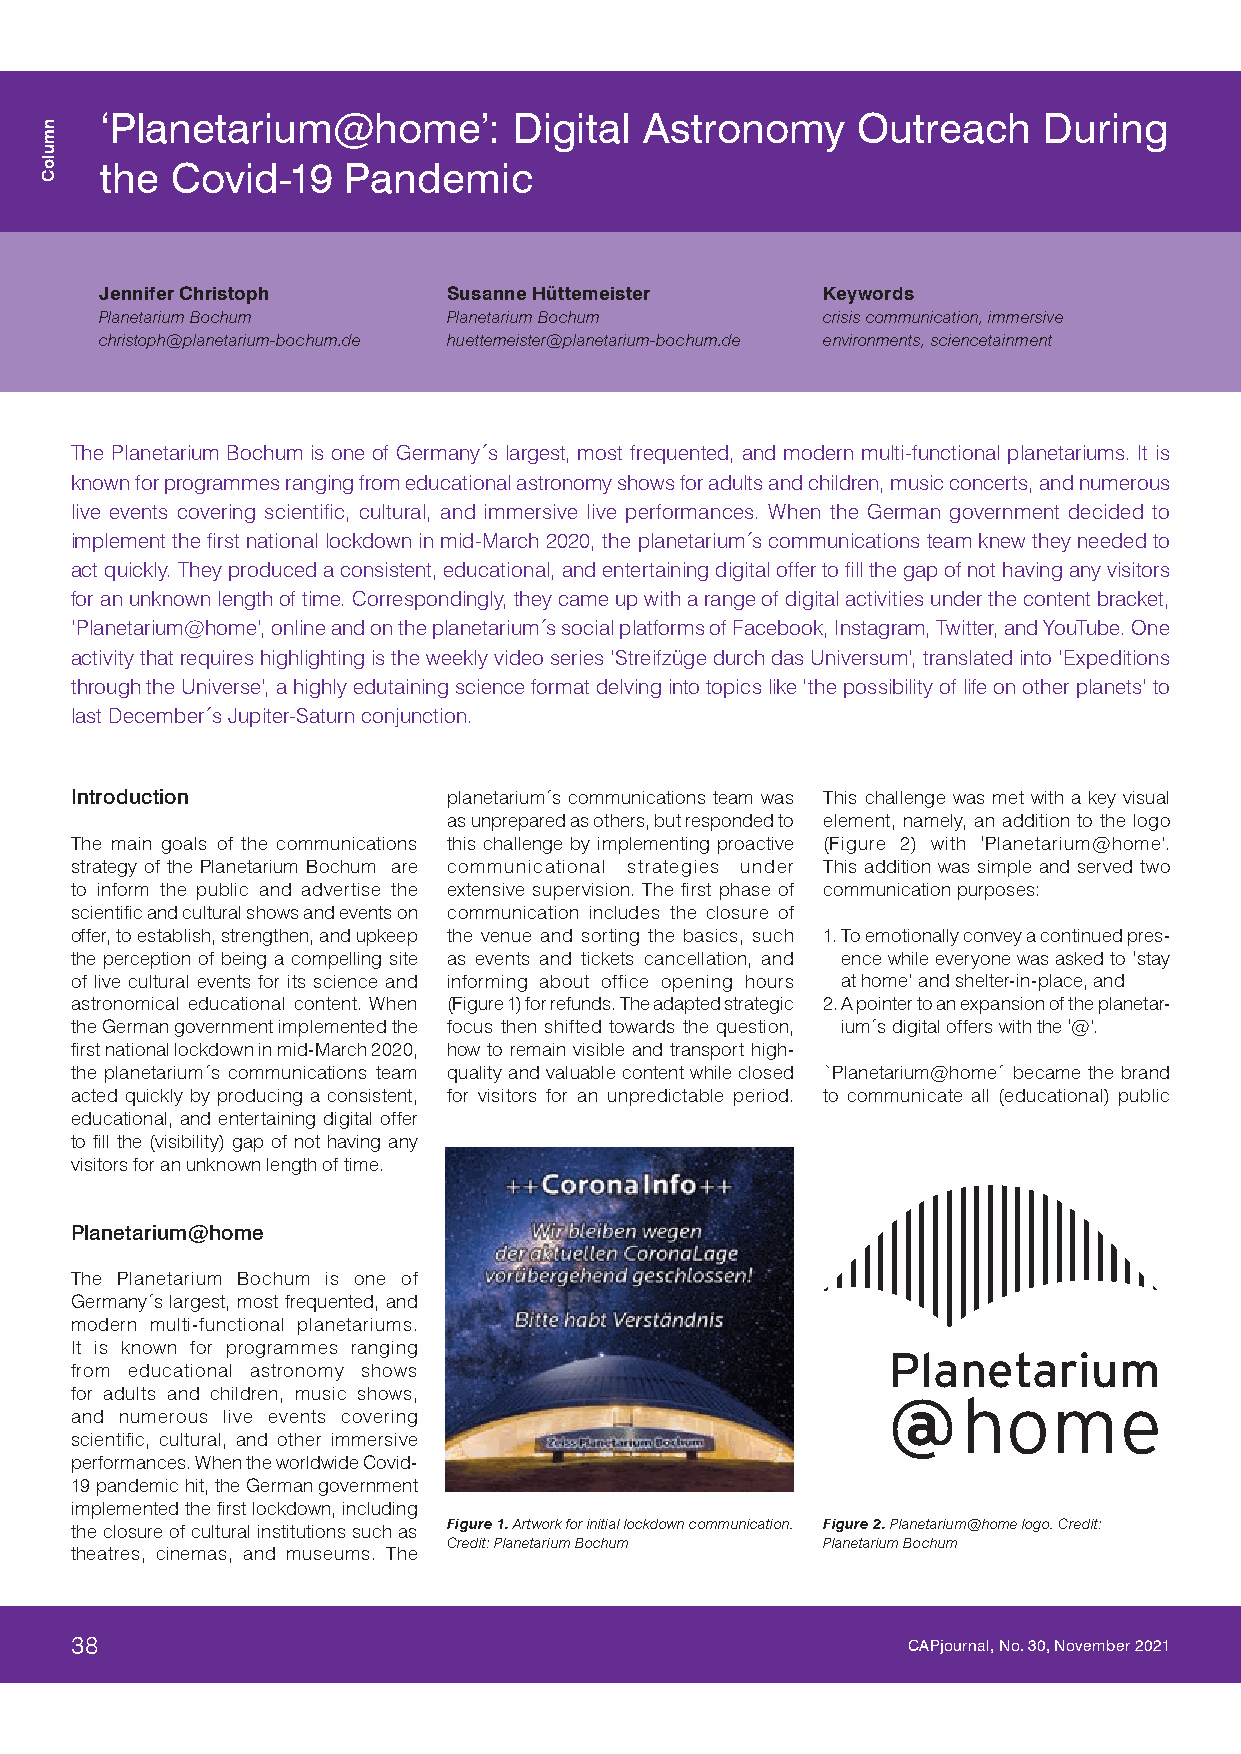
‘Planetarium@home’:        Digital  Astronomy     Outreach    During
 the Covid-19    Pandemic
 Jennifer Christoph     Susanne Hüttemeister    Keywords
 Planetarium Bochum     Planetarium Bochum      crisis communication, immersive
 christoph@planetarium-bochum.de huettemeister@planetarium-bochum.de environments, sciencetainment
 The Planetarium Bochum is one of Germany´s largest, most frequented, and modern multi-functional planetariums. It is
 known for programmes ranging from educational astronomy shows for adults and children, music concerts, and numerous
 live events covering scientific, cultural, and immersive live performances. When the German government decided to
 implement the first national lockdown in mid-March 2020, the planetarium´s communications team knew they needed to
 act quickly. They produced a consistent, educational, and entertaining digital offer to fill the gap of not having any visitors
 for an unknown length of time. Correspondingly, they came up with a range of digital activities under the content bracket,
 ‘Planetarium@home’, online and on the planetarium´s social platforms of Facebook, Instagram, Twitter, and YouTube. One
 activity that requires highlighting is the weekly video series ‘Streifzüge durch das Universum’, translated into ‘Expeditions
 through the Universe’, a highly edutaining science format delving into topics like ‘the possibility of life on other planets’ to
 last December´s Jupiter-Saturn conjunction.
 Introduction             planetarium´s communications team was This challenge was met with a key visual
 as unprepared as others, but responded to element, namely, an addition to the logo
 The main goals of the communications this challenge by implementing proactive (Figure 2) with ‘Planetarium@home’.
 strategy of the Planetarium Bochum are communicational strategies under This addition was simple and served two
 to inform the public and advertise the extensive supervision. The first phase of communication purposes:
 scientific and cultural shows and events on communication includes the closure of
 offer, to establish, strengthen, and upkeep the venue and sorting the basics, such 1. To emotionally convey a continued pres-
 the perception of being a compelling site as events and tickets cancellation, and ence while everyone was asked to ‘stay
 of live cultural events for its science and informing about office opening hours at home’ and shelter-in-place, and
 astronomical educational content. When (Figure 1) for refunds. The adapted strategic 2. A pointer to an expansion of the planetar-
 the German government implemented the focus then shifted towards the question, ium´s digital offers with the ‘@’.
 first national lockdown in mid-March 2020, how to remain visible and transport high-
 the planetarium´s communications team quality and valuable content while closed `Planetarium@home´ became the brand
 acted quickly by producing a consistent, for visitors for an unpredictable period. to communicate all (educational) public
 educational, and entertaining digital offer
 to fill the (visibility) gap of not having any
 visitors for an unknown length of time.
 Planetarium@home
 The Planetarium Bochum is one of
 Germany´s largest, most frequented, and
 modern multi-functional planetariums.
 It is known for programmes ranging
 Planetarium
 from educational astronomy shows
 for adults and children, music shows,                 @home
 and numerous live events covering
 scientific, cultural, and other immersive
 performances. When the worldwide Covid-
 19 pandemic hit, the German government
 implemented the first lockdown, including
 the closure of cultural institutions such as Figure 1. Artwork for initial lockdown communication. Figure 2. Planetarium@home logo. Credit:
 Credit: Planetarium Bochum Planetarium Bochum
 theatres, cinemas, and museums. The
 38                         Videos for Astronomy Education and Outreach CAPjournal, No. 30, November 2021
 nmuloC